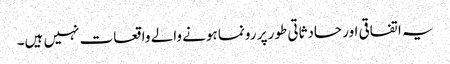
یہ اتفاقی اور حادثاتی طور پر رونما ہونے والے واقعات نہیں ہیں۔